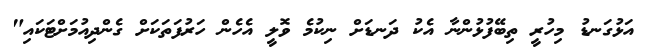
އަޅުގަނޑު މިހުރީ ތިބޭފުޅުންނާ އެކު ދަނޑަށް ނިކުމެ ވޮލީ އެހެން ހަރުފަތަކަށް ގެންދިއުމަށްޓަކައި"